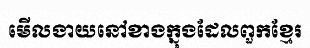
មើលងាយនៅខាងក្នុងដែលពួកខ្មែរ